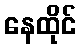
နေထိုင်